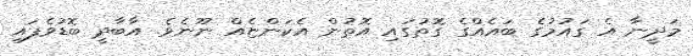
މަދީނާ އެ ގައުމުގެ ބައެއްގެ ގޮތުގައި އޮތުން އެކަންޏެއް ނޫނެވެ. އާބާދީ ބޮޑުވެފައި